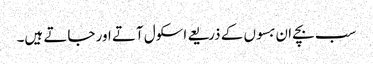
سب بچے ان بسوں کے ذریعے اسکول آتے اور جاتے ہیں۔